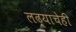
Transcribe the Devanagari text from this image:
लढ्याचेही